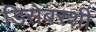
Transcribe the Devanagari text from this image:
डिसेंबरशी